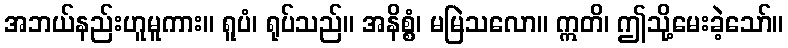
အဘယ်နည်းဟူမူကား။ ရူပံ၊ ရုပ်သည်။ အနိစ္စံ၊ မမြဲသလော။ ဣတိ၊ ဤသို့မေးခဲ့သော်။